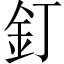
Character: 釘